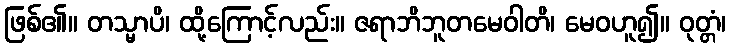
ဖြစ်၏။ တသ္မာပိ၊ ထို့ကြောင့်လည်း။ ဇရာဘိဘူတမေဝါတိ၊ မေဝဟူ၍။ ဝုတ္တံ၊